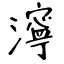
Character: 濘